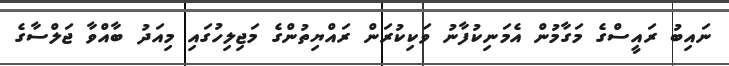
ނައިބު ރައީސްގެ މަގާމުން އެމަނިކުފާނު ވަކިކުރަން ރައްޔިތުންގެ މަޖިލިހުގައި މިއަދު ބާއްވާ ޖަލްސާގެ